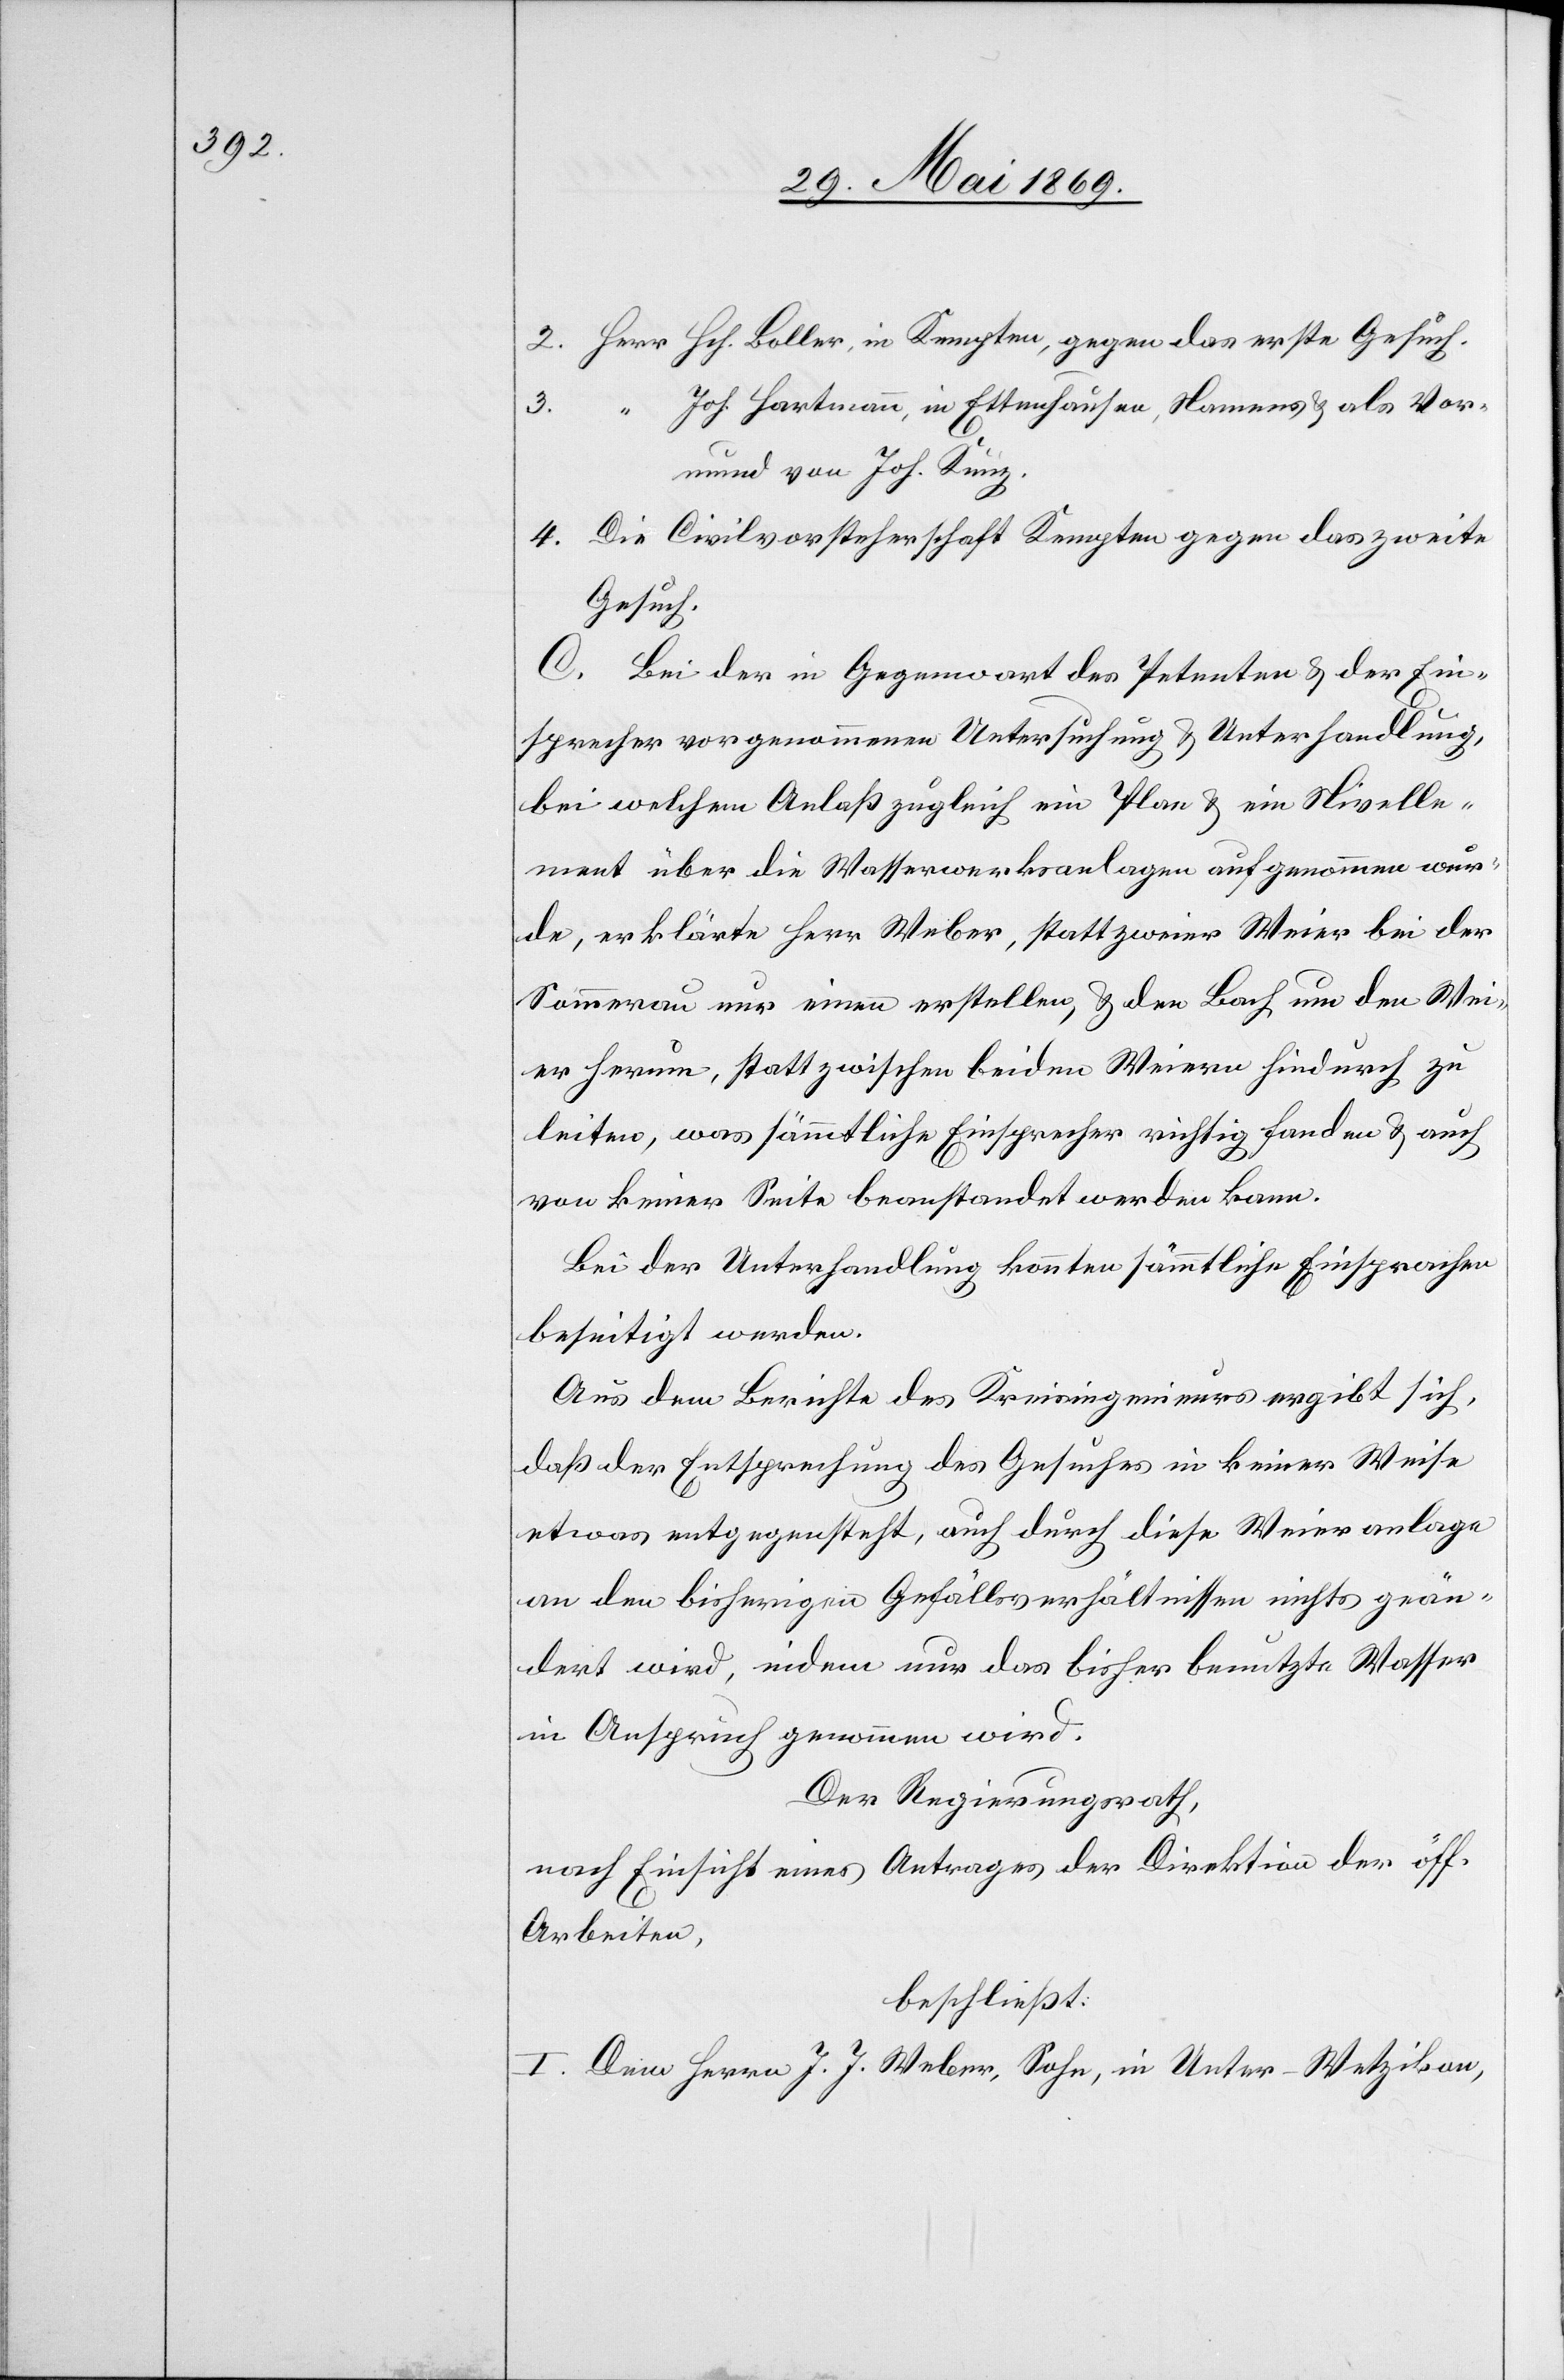
2. Herr Hch. Boller, in Kempten, gegen das erste Gesuch.
“ Joh. Hartmann, in Ettenhausen, Namens u. als Vor¬
3.
mund von Joh. Kunz.
4. Die Civilvorsteherschaft Kempten gegen das zweite
Gesuch.
C. Bei der in Gegenwart des Petenten u. der Ein¬
sprecher vorgenommenen Untersuchung u. Unterhandlung,
bei welchem Anlaß zugleich ein Plan u. ein Nivelle¬
ment über die Wasserwerksanlagen aufgenommen wur¬
de, erklärte Herr Weber, statt zweier Weier bei der
Sommerau nur einen erstellen, u. den Bach um den Wei¬
er herum, statt zwischen beiden Weiern hindurch zu
leiten, was sämmtliche Einsprecher richtig fanden u. auch
von keiner Seite beanstandet werden kann.
Bei der Unterhandlung konnten sämmtliche Einsprachen
beseitigt werden.
Aus dem Berichte des Kreisingenieurs ergibt sich,
daß der Entsprechung des Gesuches in keiner Weise
etwas entgegensteht, auch durch diese Weieranlage
an den bisherigen Gefällsverhältnissen nichts geän¬
dert wird, indem nur das bisher benutzte Wasser
in Anspruch genommen wird.
Der Regierungsrath,
nach Einsicht eines Antrages der Direktion der öff.
Arbeiten,
beschließt:
I. Dem Herrn J. J. Weber, Sohn, in Unter-Wetzikon,